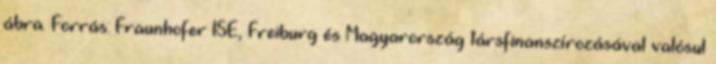
ábra. Forrás: Fraunhofer ISE, Freiburg és Magyarország társfinanszírozásával valósul